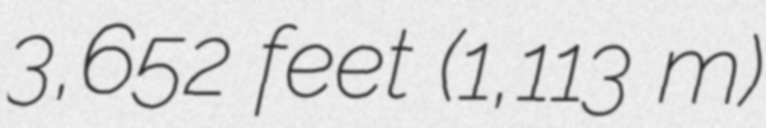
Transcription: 3,652 feet (1,113 m)